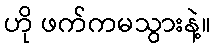
ဟို ဖက်ကမသွားနဲ့။